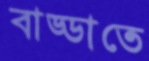
বাড্ডাতে